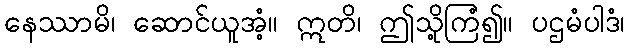
နေဿာမိ၊ ဆောင်ယူအံ့။ ဣတိ၊ ဤသို့ကြံ၍။ ပဌမံပါဒံ၊